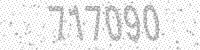
Solution: 717090